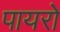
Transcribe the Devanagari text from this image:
पायरो